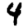
Digit: 4